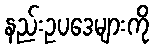
နည်းဥပဒေများကို